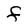
Character: f